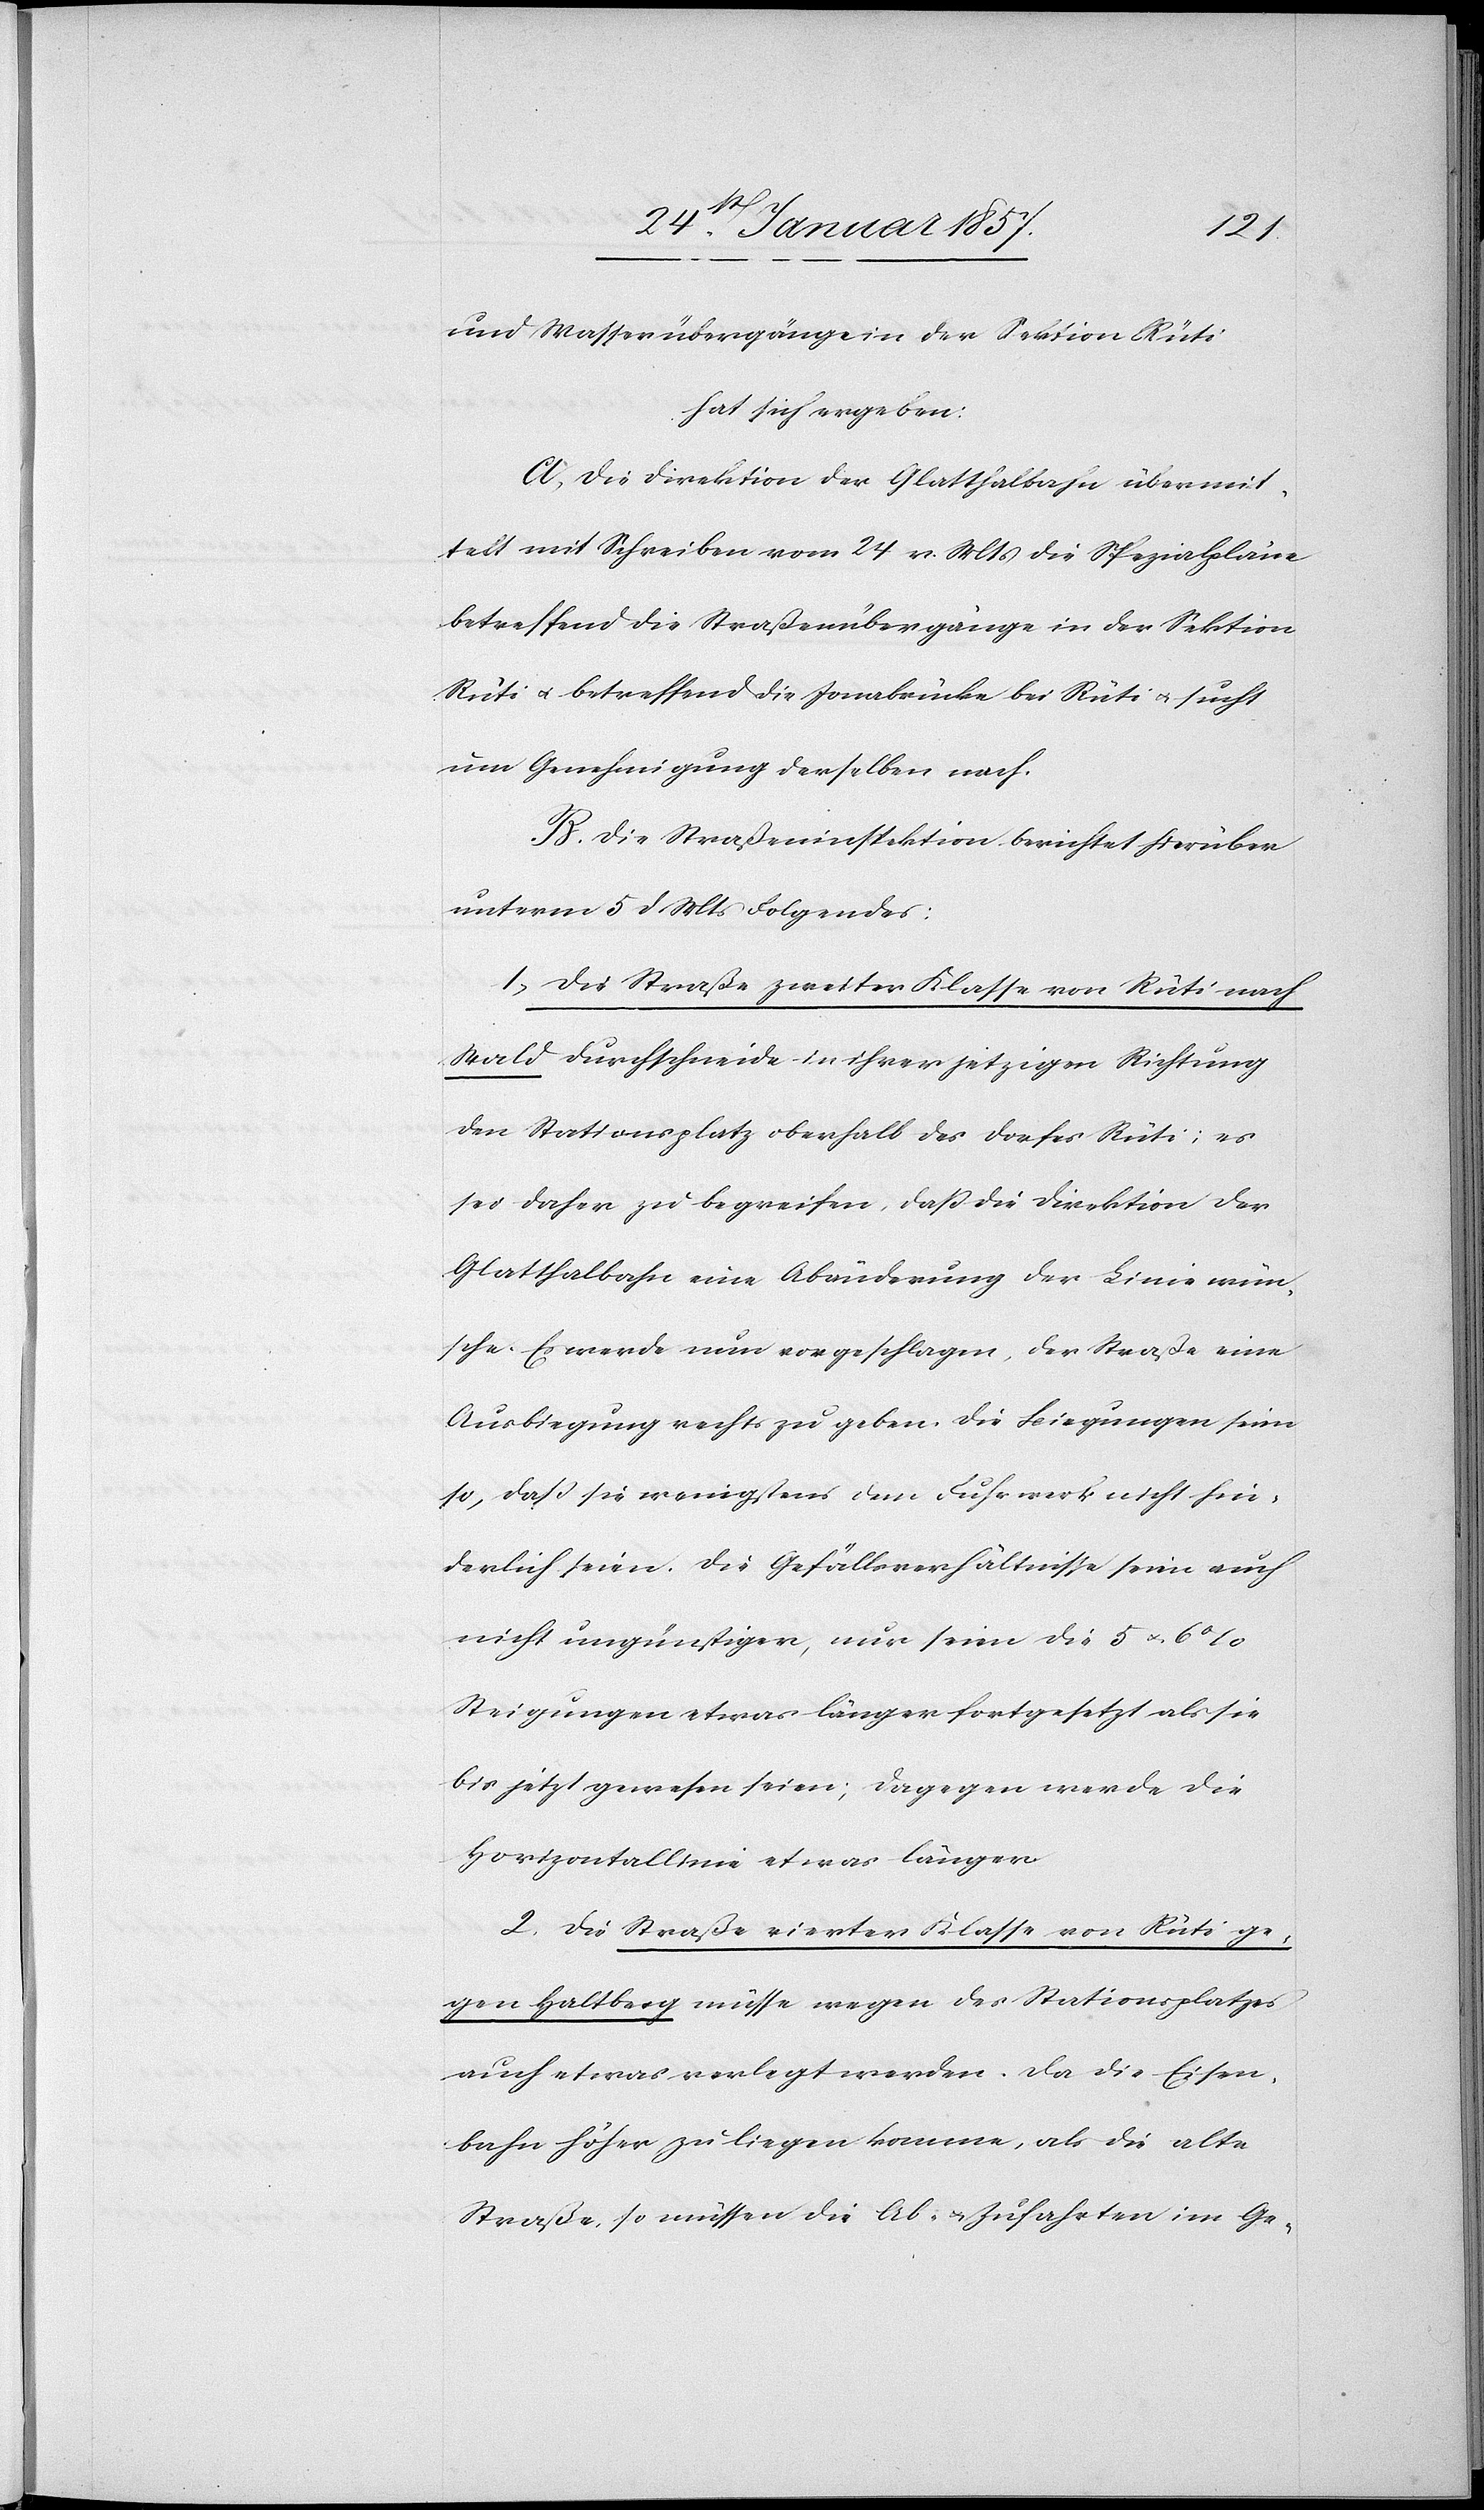
und Wasserübergänge in der Sektion Rüti
hat sich ergeben:
A, Die Direktion der Glatthalbahn übermit¬
telt mit Schreiben vom 24 v. Mts die Spezialpläne
betreffend die Straßenübergänge in der Sektion
Rüti u. betreffend die Jonabrücke bei Rüti & sucht
um Genehmigung derselben nach.
B. Die Straßeninspektion berichtet hierüber
unterm 5 d. Mts folgendes:
1, Die Straße zweiter Klasse von Rüti nach
Wald durchschneide in ihrer jetzigen Richtung
den Stationsplatz oberhalb des Dorfes Rüti; es
sei daher zu begreifen, daß die Direktion der
Glatthalbahn eine Abänderung der Linie wün¬
sche. Es werde nun vorgeschlagen, der Straße eine
Ausbiegung rechts zu geben, die Biegungen seien
so, daß sie wenigstens dem Fuhrwerk nicht hin¬
derlich seien. Die Gefällsverhältnisse seien auch
nicht ungünstiger, nur seien die 5 & 6 %
Steigungen etwas länger fortgesetzt als sie
bis jetzt gewesen seien; dagegen werde die
Horizontallinie etwas länger.
2. Die Straße vierter Klasse von Rüti ge¬
gen Haltberg müsse wegen des Stationsplatzes
auch etwas verlegt werden. Da die Eisen¬
bahn höher zu liegen komme, als die alte
Straße, so müssen die Ab- & Zufahrten im Ge-